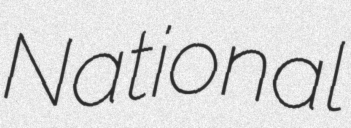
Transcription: National